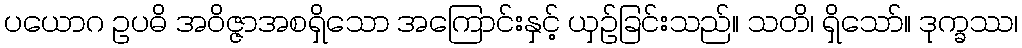
ပယောဂ ဥပဓိ အဝိဇ္ဇာအစရှိသော အကြောင်းနှင့် ယှဉ်ခြင်းသည်။ သတိ၊ ရှိသော်။ ဒုက္ခဿ၊